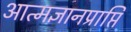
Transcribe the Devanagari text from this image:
आत्मज्ञानप्राप्ति